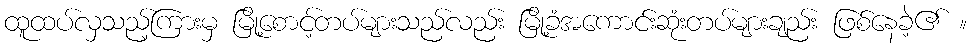
ထူထပ်လှသည့်ကြားမှ မြို့စောင့်တပ်များသည်လည်း မြို့ခံအကောင်းဆုံးတပ်များချည်း ဖြစ်နေခဲ့၏ ။